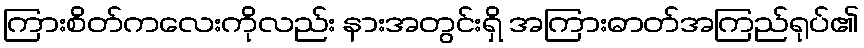
ကြားစိတ်ကလေးကိုလည်း နားအတွင်းရှိ အကြားဓာတ်အကြည်ရုပ်၏